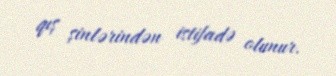
qış şinlərindən istifadə olunur.